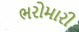
ભરોમારી